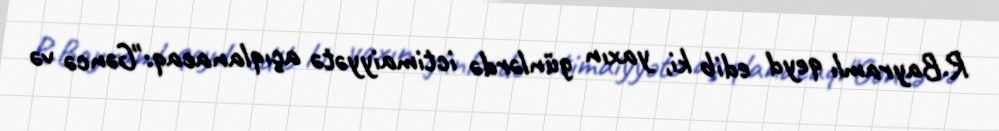
R.Bayramlı qeyd edib ki, yaxın günlərdə ictimaiyyətə açıqlanacaq:"Gəncə və